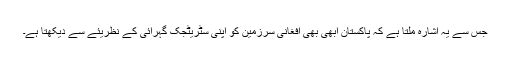
جس سے یہ اشارہ ملتا ہے کہ پاکستان ابھی بھی افغانی سرزمین کو اپنی سٹریٹجک گہرائی کے نظریئے سے دیکھتا ہے۔